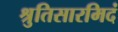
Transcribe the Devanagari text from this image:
श्रुतिसारमिदं